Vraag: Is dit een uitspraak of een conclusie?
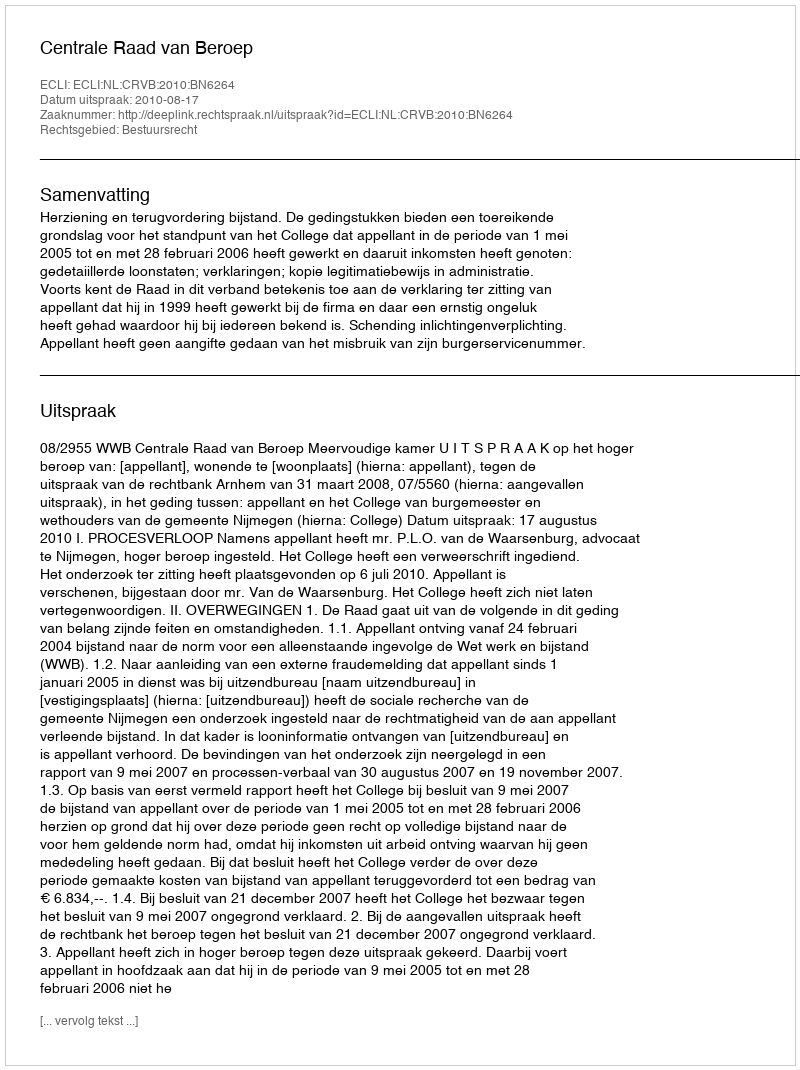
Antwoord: Uitspraak